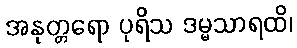
အနုတ္တရော ပုရိသ ဒမ္မသာရထိ၊